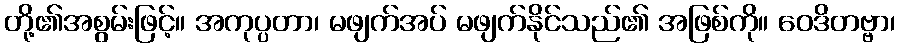
တို့၏အစွမ်းဖြင့်။ အကုပ္ပတာ၊ မဖျက်အပ် မဖျက်နိုင်သည်၏ အဖြစ်ကို။ ဝေဒိတဗ္ဗာ၊